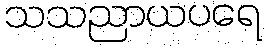
သသညာယပရေ